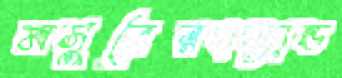
মসুরেরহল্যান্ড